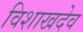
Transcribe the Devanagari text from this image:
विशाखदेव